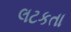
લટકતા